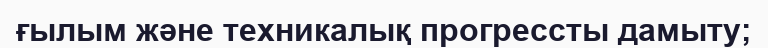
ғылым және техникалық прогрессты дамыту;